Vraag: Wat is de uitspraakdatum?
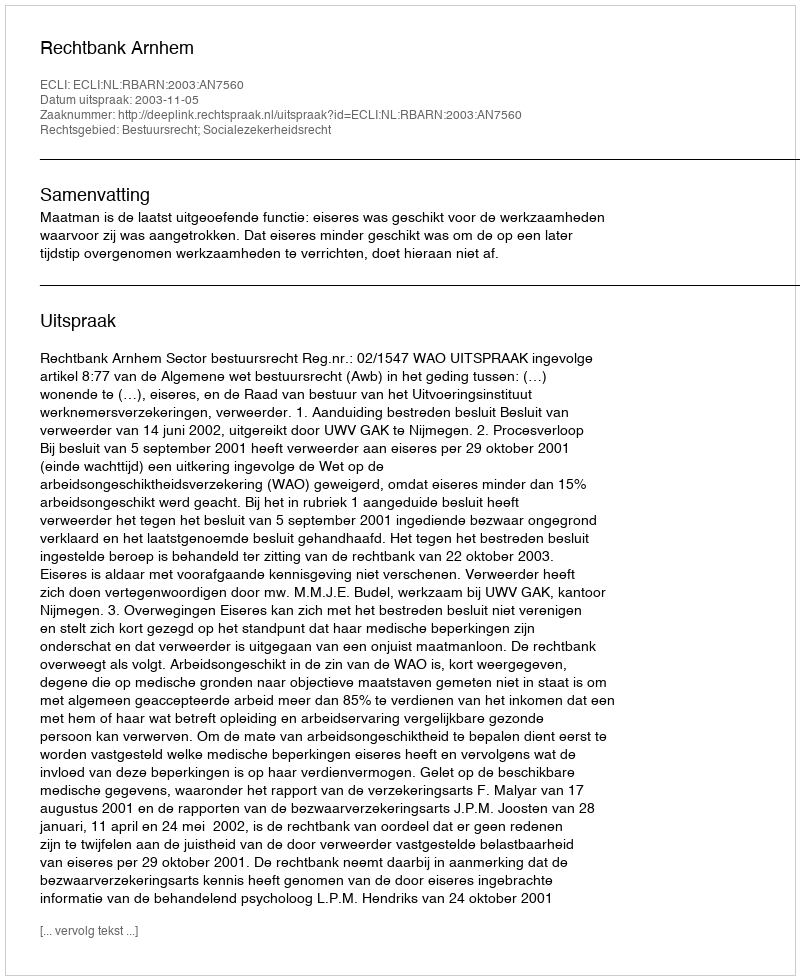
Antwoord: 2003-11-05